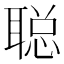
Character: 聪